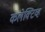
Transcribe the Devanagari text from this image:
कलेक्टिव्ह